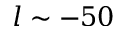
l \sim - 5 0